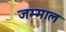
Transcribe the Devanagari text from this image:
जम्माल